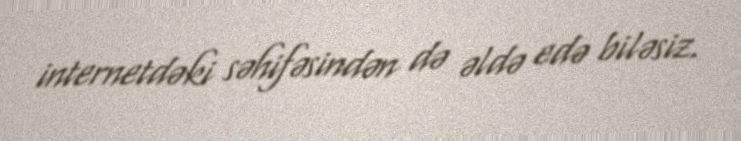
internetdəki səhifəsindən də əldə edə biləsiz.